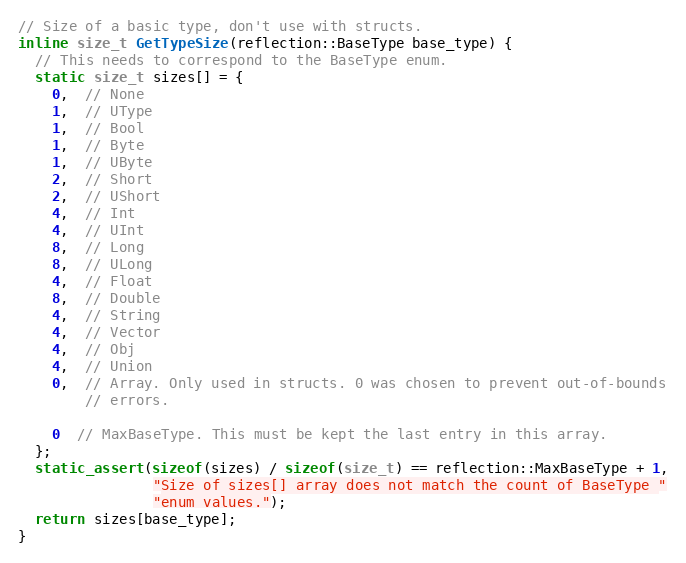
Language: C
// Size of a basic type, don't use with structs.
inline size_t GetTypeSize(reflection::BaseType base_type) {
  // This needs to correspond to the BaseType enum.
  static size_t sizes[] = {
    0,  // None
    1,  // UType
    1,  // Bool
    1,  // Byte
    1,  // UByte
    2,  // Short
    2,  // UShort
    4,  // Int
    4,  // UInt
    8,  // Long
    8,  // ULong
    4,  // Float
    8,  // Double
    4,  // String
    4,  // Vector
    4,  // Obj
    4,  // Union
    0,  // Array. Only used in structs. 0 was chosen to prevent out-of-bounds
        // errors.

    0  // MaxBaseType. This must be kept the last entry in this array.
  };
  static_assert(sizeof(sizes) / sizeof(size_t) == reflection::MaxBaseType + 1,
                "Size of sizes[] array does not match the count of BaseType "
                "enum values.");
  return sizes[base_type];
}